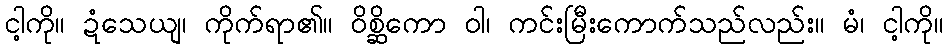
ငါ့ကို။ ဍံသေယျ၊ ကိုက်ရာ၏။ ဝိစ္ဆိကော ဝါ၊ ကင်းမြီးကောက်သည်လည်း။ မံ၊ ငါ့ကို။